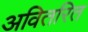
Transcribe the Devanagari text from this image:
अवितरित